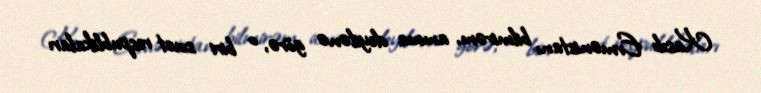
Kasıb Ermənistanı bilmirəm, amma deyilənə görə, o biri sovet respublikaları